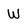
Character: W